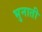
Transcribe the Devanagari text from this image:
भुनाती